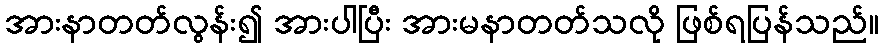
အားနာတတ်လွန်း၍ အားပါပြီး အားမနာတတ်သလို ဖြစ်ရပြန်သည်။